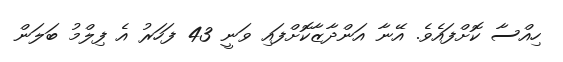
ހިއްސާ ކޮށްފައެވެ. އޭނާ އަންދާޒާކޮށްފައި ވަނީ 43 ފަހަރު އެ ފިލްމު ބަލަން